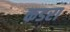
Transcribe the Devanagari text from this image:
कडरा